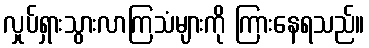
လှုပ်ရှားသွားလာကြသံများကို ကြားနေရသည်။